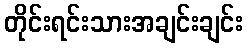
တိုင်းရင်းသားအချင်းချင်း